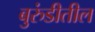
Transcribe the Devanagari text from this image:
बुरुंडीतील